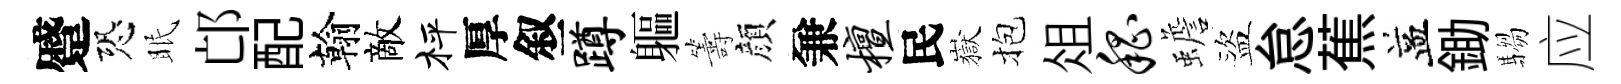
蹙恐眠邙配翰敵枰厚叙蹲軀籌顔兼檀民嶽抱俎嵇蟾盜怠蕉益鋤騶应